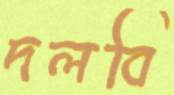
দলবি